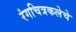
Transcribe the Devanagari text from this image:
रंगचित्रकलेचे